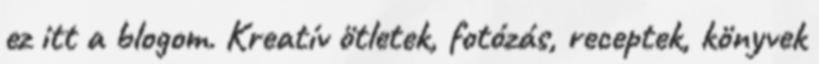
ez itt a blogom. Kreatív ötletek, fotózás, receptek, könyvek